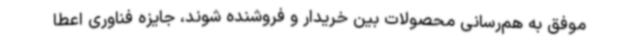
موفق به هم‌رسانی محصولات بین خریدار و فروشنده شوند، جایزه فناوری اعطا